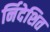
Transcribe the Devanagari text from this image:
र्निदेशित